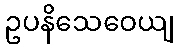
ဥပနိသေဝေယျ